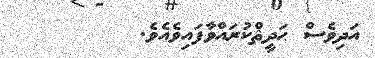
އަދިވެސް ޙަދީޘްކުރައްވާފައިވެއެވެ.